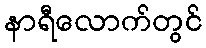
နာရီလောက်တွင်